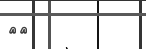
٣٢